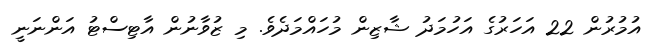
އުމުރުން 22 އަހަރުގެ އަހުމަދު ޝާޒިން މުހައްމަދެވެ. މި ޒުވާނުން އާޓިސްޓު އަންނަނީ